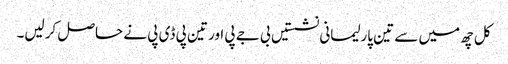
کل چھ میں سے تین پارلیمانی نشستیں بی جے پی اور تین پی ڈی پی نے حاصل کرلیں۔